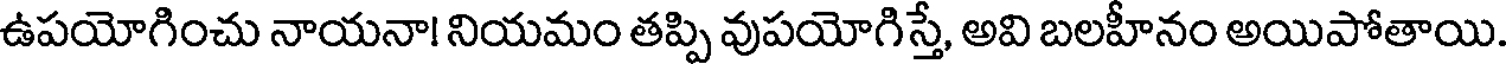
ఉపయోగించు నాయనా! నియమం తప్పి వుపయోగిస్తే, అవి బలహీనం అయిపోతాయి.